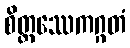
စိတ္တဿေကဂ္ဂတံ